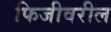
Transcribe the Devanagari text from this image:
फिजीवरील